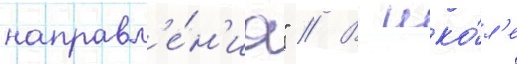
направл'е́н'иа" // В шко́л'е